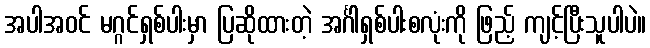
အပါအဝင် မဂ္ဂင်ရှစ်ပါးမှာ ပြဆိုထားတဲ့ အင်္ဂါရှစ်ပါးစလုံးကို ဖြည့် ကျင့်ပြီးသူပါပဲ။